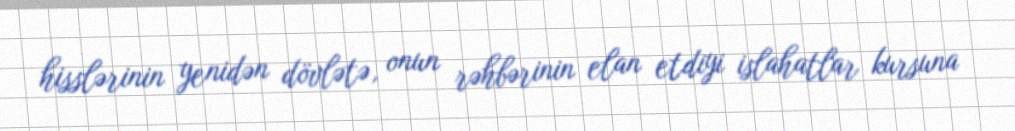
hisslərinin yenidən dövlətə, onun rəhbərinin elan etdiyi islahatlar kursuna